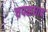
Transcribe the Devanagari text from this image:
चपळधाव